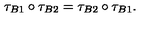
\tau _ { B 1 } \circ \tau _ { B 2 } = \tau _ { B 2 } \circ \tau _ { B 1 } .